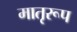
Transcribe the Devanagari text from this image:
मातृरूप